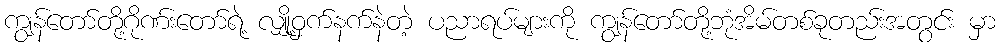
ကျွန်တော်တို့ဂိုဏ်းတော်ရဲ့ လျှို့ဝှက်နက်နဲတဲ့ ပညာရပ်များကို ကျွန်တော်တို့ဘုံအိမ်တစ်ခုတည်းအတွင်း မှာ